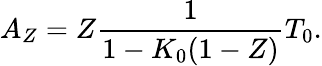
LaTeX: A_{Z}=Z\frac{1}{1-K_{0}(1-Z)}T_{0}.